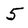
Character: 5